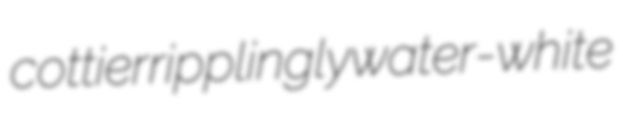
cottier ripplingly water-white